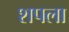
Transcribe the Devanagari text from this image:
शपला